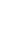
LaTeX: I\! \! \! \! \! \! \! \! \! \! \! \! _{\! \! \! \! \! \! \! \! \! \! \! \! \alpha\! \! \! \! \! \! \! \! \! \! \! \! (\! \! \! \! \! \! \! \! \! \! \! \! \gamma\! \! \! \! \! \! \! \! \! \! \! \! )}\! \! \! \! \! \! \! \! \! \! \! \! (\! \! \! \! \! \! \! \! \! \! \! \! \alpha\! \! \! \! \! \! \! \! \! \! \! \! _{\! }\! \! \! \! \! \! \! \! \! \! \! *A\! \! \! \! \! \! \! \! \! \! \! \! )\! \! \! \! \! \! \! \! \! \! \! \! =W\! \! \! \! \! \! \! \! \! \! \! \! (\! \! \! \! \! \! \! \! \! \! \! \! \Gamma\! \! \! \! \! \! \! \! \! \! \! \! ^{\! }\! \! \! \! \! \! \! \! \! \! \! *\! \! \! \! \! \! \! \! \! \! \! \! )\! \! \! \! \! \! \! \! \! \! \!